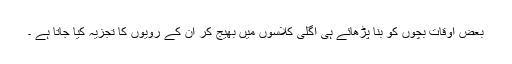
بعض اوقات بچوں کو بنا پڑھائے ہی اگلی کلاسوں میں بھیج کر ان کے رویوں کا تجزیہ کیا جاتا ہے ۔